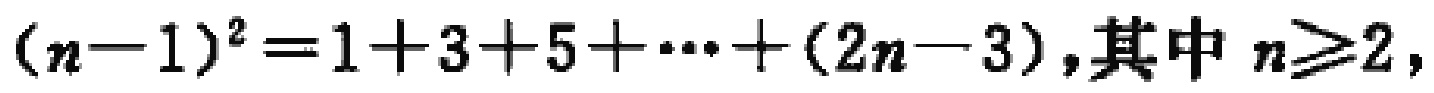
\((n - 1)^2 = 1 + 3 + 5 + \cdots + (2n - 3),其中\ n\geq2,\)